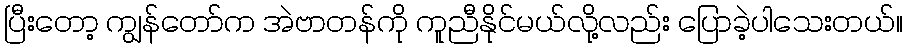
ပြီးတော့ ကျွန်တော်က အဲဗာတန်ကို ကူညီနိုင်မယ်လို့လည်း ပြောခဲ့ပါသေးတယ်။